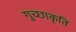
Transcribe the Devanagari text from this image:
गुच्छाकृति